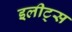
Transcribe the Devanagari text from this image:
इलीट्स